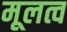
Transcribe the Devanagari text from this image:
मूलत्व